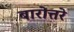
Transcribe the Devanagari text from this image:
बारोत्तरे